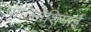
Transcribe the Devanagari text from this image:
पौलिनेशियाई